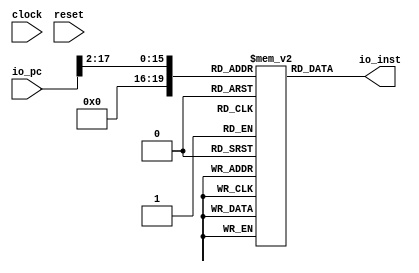
module Icache(
  input         clock,
  input         reset,
  input  [31:0] io_pc,
  output [31:0] io_inst
);
`ifdef RANDOMIZE_MEM_INIT
  reg [31:0] _RAND_0;
`endif // RANDOMIZE_MEM_INIT
  reg [31:0] cacheData [0:1048575]; // @[Icache.scala 10:22]
  wire  cacheData_cacheEntry_en; // @[Icache.scala 10:22]
  wire [19:0] cacheData_cacheEntry_addr; // @[Icache.scala 10:22]
  wire [31:0] cacheData_cacheEntry_data; // @[Icache.scala 10:22]
  wire [15:0] cacheIndex = io_pc[17:2]; // @[Icache.scala 11:25]
  assign cacheData_cacheEntry_en = 1'h1;
  assign cacheData_cacheEntry_addr = {{4'd0}, cacheIndex};
  assign cacheData_cacheEntry_data = cacheData[cacheData_cacheEntry_addr]; // @[Icache.scala 10:22]
  assign io_inst = cacheData_cacheEntry_data; // @[Icache.scala 16:11]
// Register and memory initialization
`ifdef RANDOMIZE_GARBAGE_ASSIGN
`define RANDOMIZE
`endif
`ifdef RANDOMIZE_INVALID_ASSIGN
`define RANDOMIZE
`endif
`ifdef RANDOMIZE_REG_INIT
`define RANDOMIZE
`endif
`ifdef RANDOMIZE_MEM_INIT
`define RANDOMIZE
`endif
`ifndef RANDOM
`define RANDOM $random
`endif
`ifdef RANDOMIZE_MEM_INIT
  integer initvar;
`endif
`ifndef SYNTHESIS
`ifdef FIRRTL_BEFORE_INITIAL
`FIRRTL_BEFORE_INITIAL
`endif
initial begin
  `ifdef RANDOMIZE
    `ifdef INIT_RANDOM
      `INIT_RANDOM
    `endif
    `ifndef VERILATOR
      `ifdef RANDOMIZE_DELAY
        #`RANDOMIZE_DELAY begin end
      `else
        #0.002 begin end
      `endif
    `endif
`ifdef RANDOMIZE_MEM_INIT
  _RAND_0 = {1{`RANDOM}};
  for (initvar = 0; initvar < 1048576; initvar = initvar+1)
    cacheData[initvar] = _RAND_0[31:0];
`endif // RANDOMIZE_MEM_INIT
  `endif // RANDOMIZE
end // initial
`ifdef FIRRTL_AFTER_INITIAL
`FIRRTL_AFTER_INITIAL
`endif
`endif // SYNTHESIS
endmodule